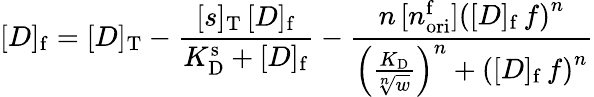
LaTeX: [D]_{\mathrm{f}}=[D]_{\mathrm{T}}-\frac{[s]_{\mathrm{T}}\, [D]_{\mathrm{f}}}{K_{\mathrm{D}}^{\mathrm{s}}+[D]_{\mathrm{f}}}-\frac{n\, [n_{\mathrm{ori}}^{\mathrm{f}}]\left([D]_{\mathrm{f}}\, f\right)^{n}}{\left(\frac{K_{\mathrm{D}}}{\sqrt[n]{w}}\right)^{n}+\left([D]_{\mathrm{f}}\, f\right)^{n}}